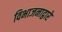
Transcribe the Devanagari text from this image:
विभाजनाद्वारे